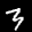
Label: 3